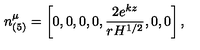
n _ { ( 5 ) } ^ { \mu } = \left[ 0 , 0 , 0 , 0 , \frac { 2 e ^ { k z } } { r H ^ { 1 / 2 } } , 0 , 0 \right] ,